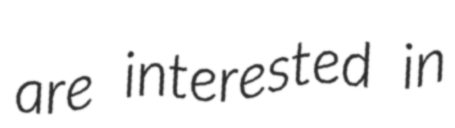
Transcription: are interested in